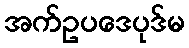
အက်ဥပဒေပုဒ်မ